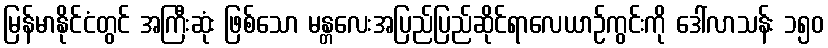
မြန်မာနိုင်ငံတွင် အကြီးဆုံး ဖြစ်သော မန္တလေးအပြည်ပြည်ဆိုင်ရာလေယာဉ်ကွင်းကို ဒေါ်လာသန်း ၁၅၀